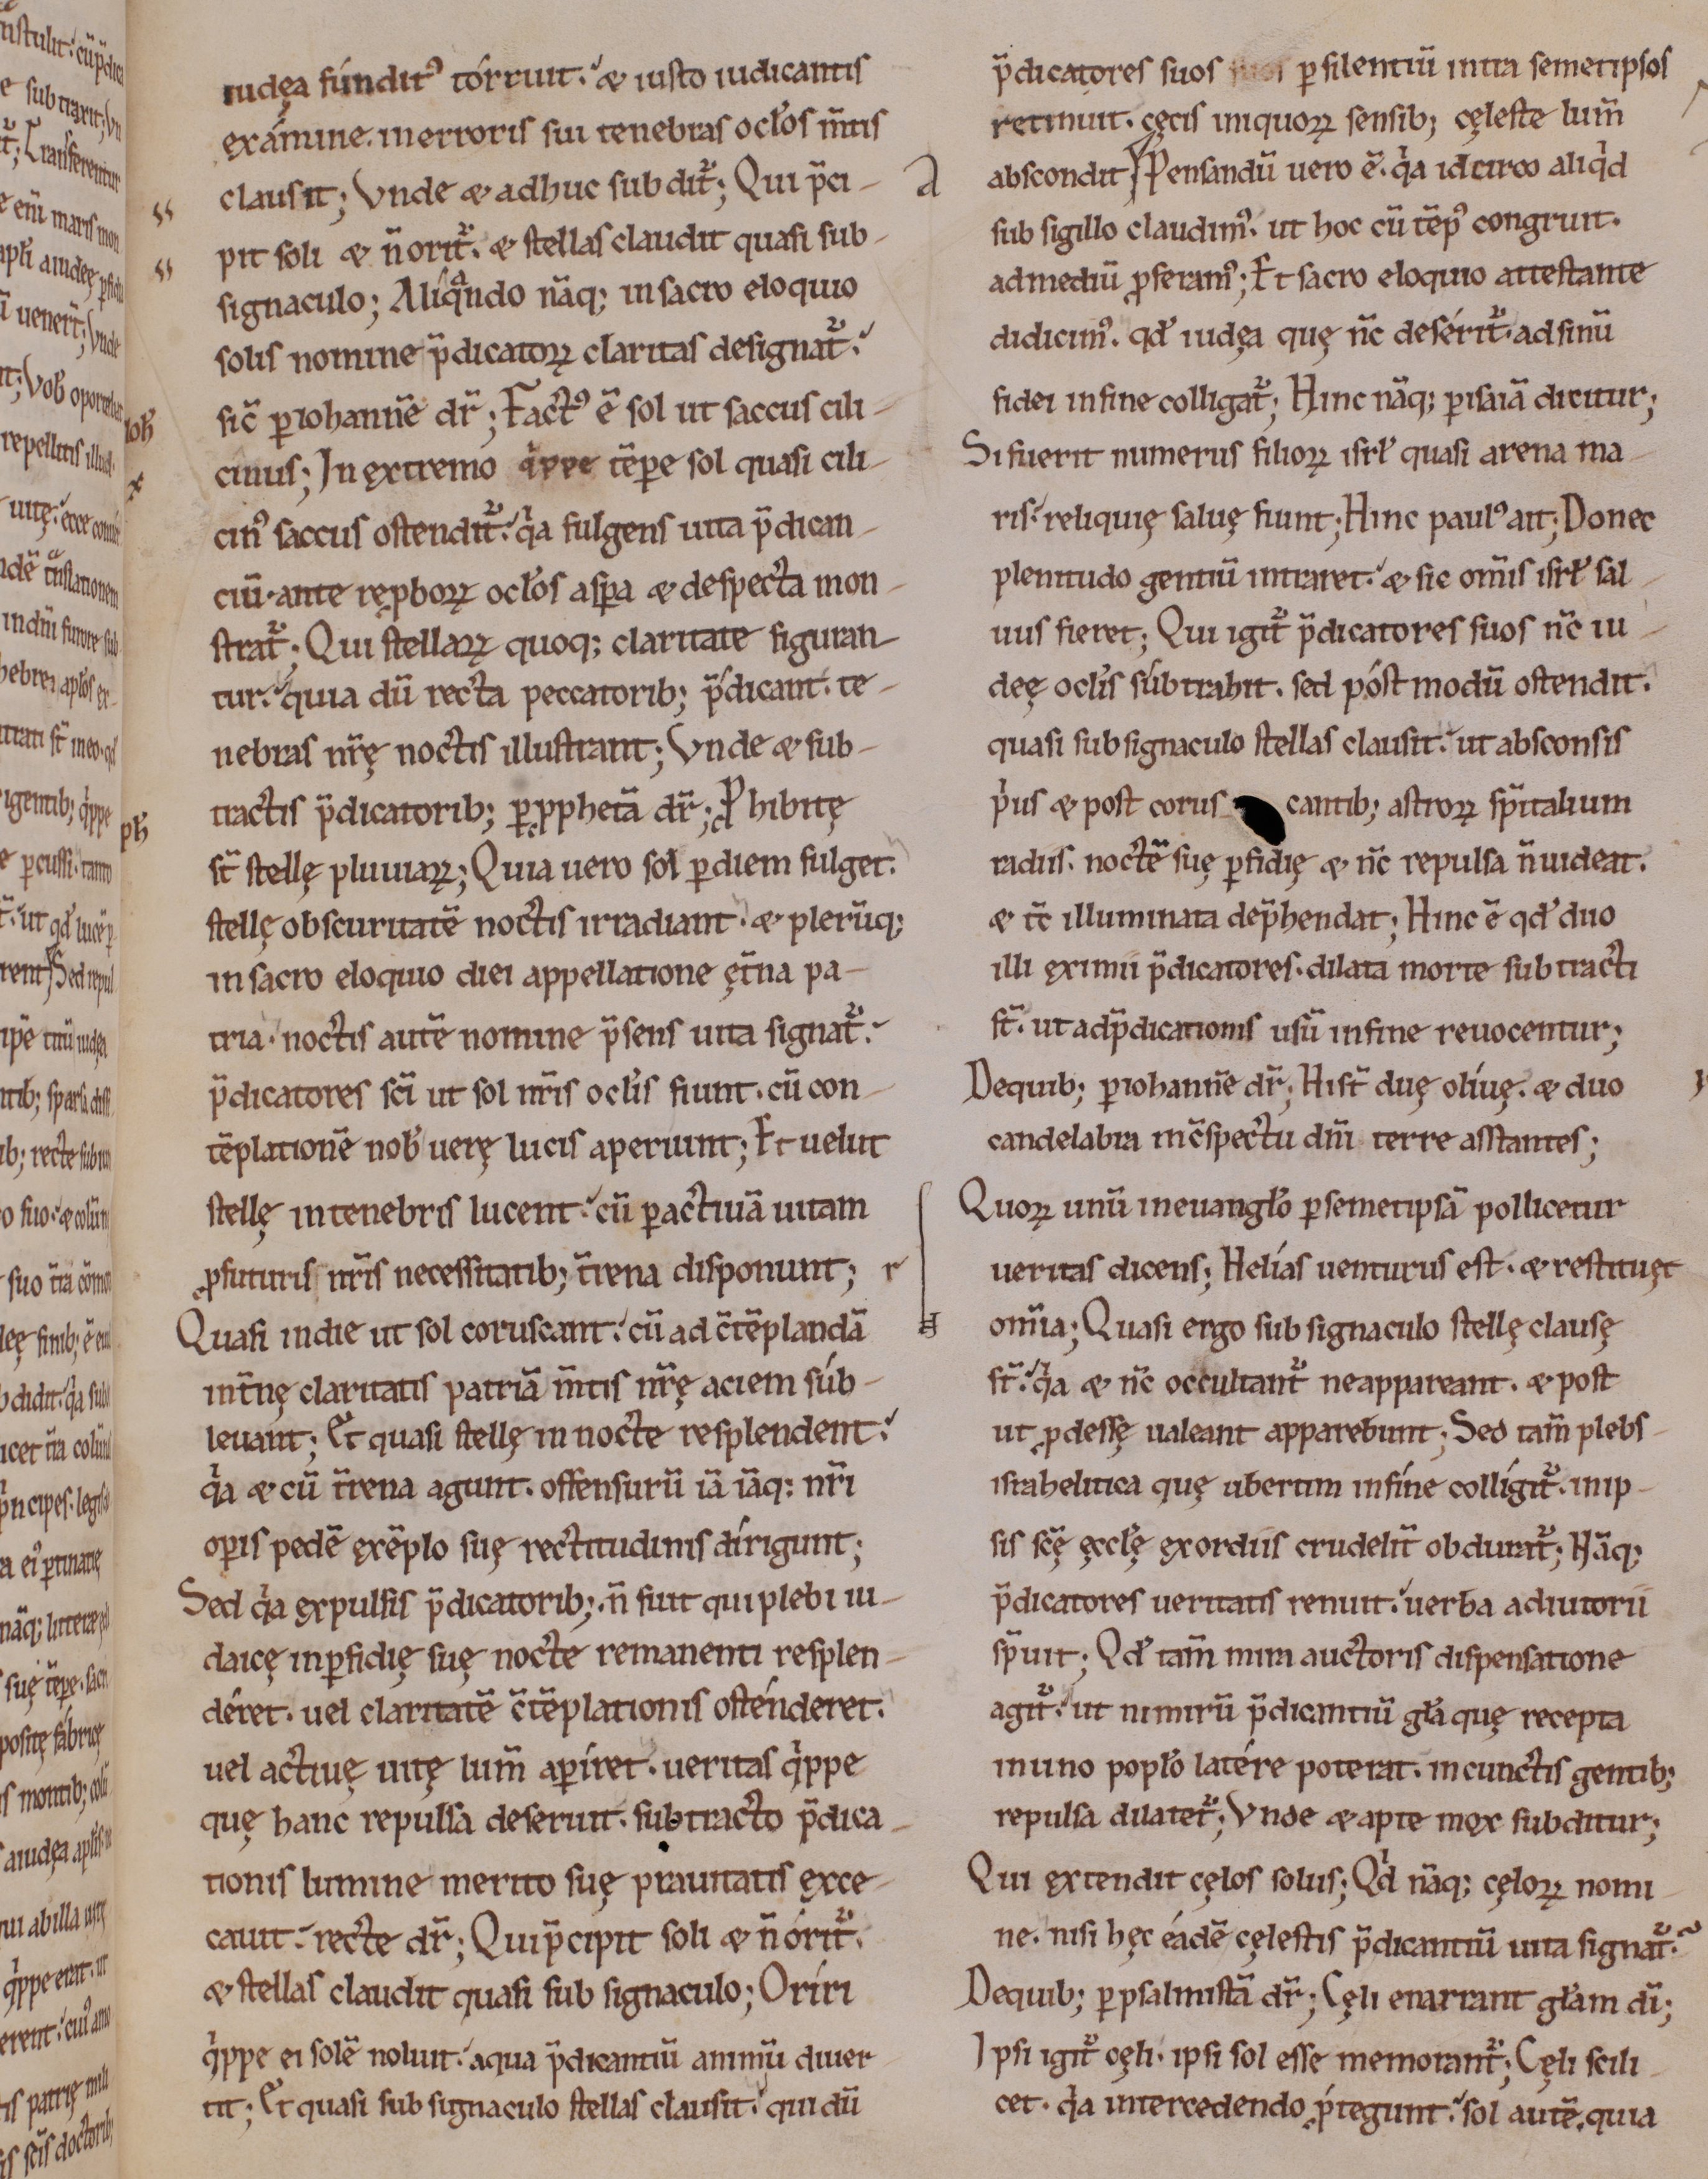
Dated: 1000–1199